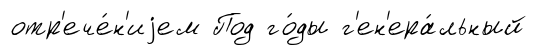
отр'ече́н'иjем Под го́ды г'ен'ера́льный